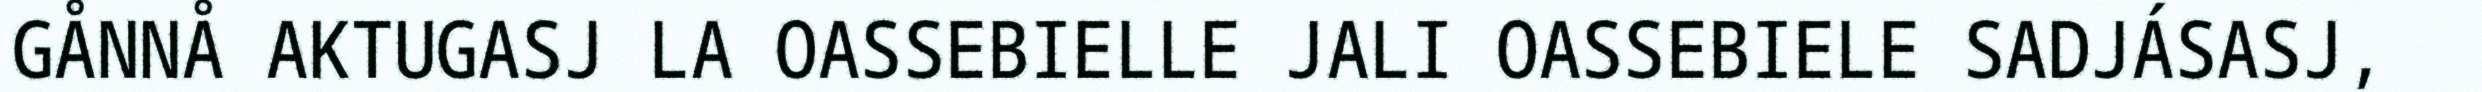
GÅNNÅ AKTUGASJ LA OASSEBIELLE JALI OASSEBIELE SADJÁSASJ,